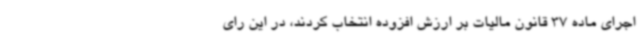
اجرای ماده 37 قانون مالیات بر ارزش افزوده انتخاب کردند، در این رای